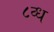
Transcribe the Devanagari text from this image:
८व्ध